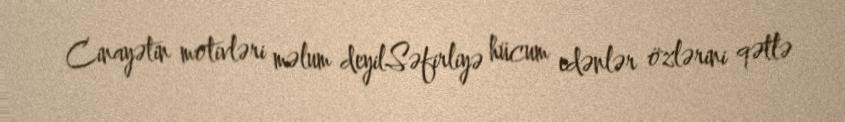
Cinayətin motivləri məlum deyilSəfirliyə hücum edənlər özlərini qətlə